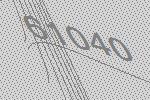
61040